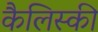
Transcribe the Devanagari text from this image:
कैलिस्की